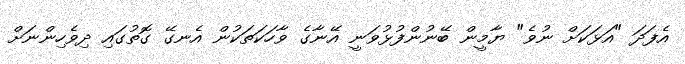
އެފަދަ "އަޅަކަށް ނުވެ" ޔާމީން ބޭނުންފުޅުވަނީ އޭނާގެ ވާހަކަތަކުން އެނގޭ ގޮތުގައި ދިވެހިންނަށް